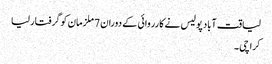
لیاقت آباد پولیس نے کارروائی کے دوران 7 ملزمان کو گرفتار لیا
کراچی ۔